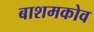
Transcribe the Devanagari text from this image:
बाशमकोव